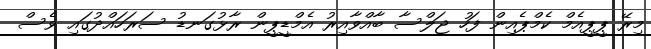
މިރޭ ޕީޕީއެމް ކެމްޕެއިން ފަހު ޖަލްސާ ބާއްވާއިރު އެމްޑީޕީން ރާޅުގަނޑު ސަރަހައްދުގައި ވެސް